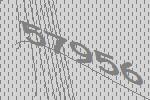
57956